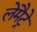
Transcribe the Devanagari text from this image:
लेमैट्रे